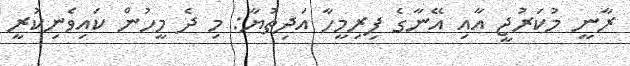
ރާނީ މުކަރުޖީ އާއި އޭނާގެ ފިރިމީހާ އަދިތުޔާ: މި ދެ މީހުން ކައިވެނިކުރީ